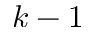
k - 1